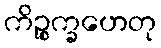
ကိဉ္စက္ခဟေတု